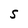
Character: S